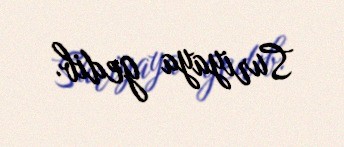
Suriyaya gedib.